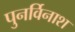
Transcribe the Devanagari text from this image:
पुनर्विनाश